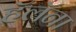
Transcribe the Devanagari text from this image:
हॅलॅना